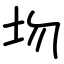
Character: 圽